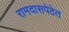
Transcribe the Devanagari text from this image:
रामदासपेठेत